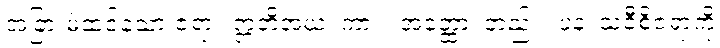
အခြားမဲ့ထင်သော ဇရာ။ ဣတိအယံ၊ ကား။ အတ္ထော၊ တည်း။ ပန၊ သဝီစိဇရာကို